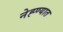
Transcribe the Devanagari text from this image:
नेह्ण्यात